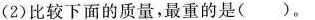
(2)比较下面的质量，最重的是( )